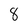
Character: 8